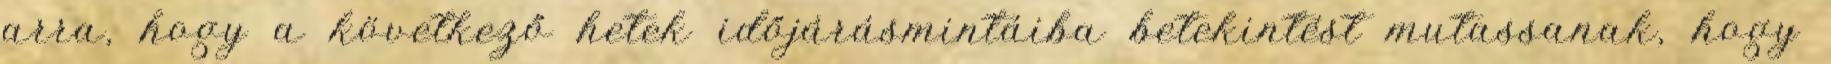
arra, hogy a következő hetek időjárásmintáiba betekintést mutassanak, hogy